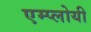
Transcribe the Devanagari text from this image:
एम्प्लोयी